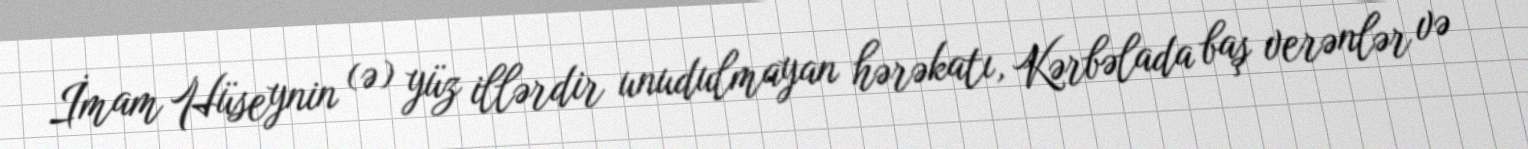
İmam Hüseynin (ə) yüz illərdir unudulmayan hərəkatı, Kərbəlada baş verənlər və